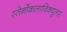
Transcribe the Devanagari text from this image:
स्तेर्नोकलाविक्यूलर